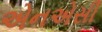
એનએસી